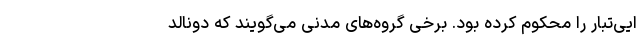
ایی‌تبار را محکوم کرده بود. برخی گروه‌های مدنی می‌گویند که دونالد